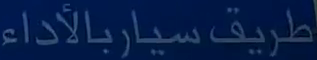
طريق سيار بالأداء